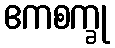
ဧကစက္ခု